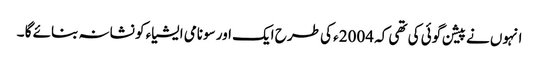
انہوں نے پیشن گوئی کی تھی کہ 2004ء کی طرح ایک اور سونامی ایشیاء کو نشانہ بنائے گا ۔